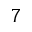
7